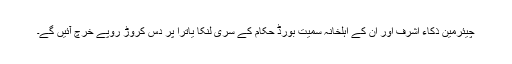
چیئرمین ذکاء اشرف اور ان کے اہلخانہ سمیت بورڈ حکام کے سری لنکا یاترا پر دس کروڑ روپے خرچ آئیں گے۔